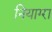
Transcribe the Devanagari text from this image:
नियाग्‍रा